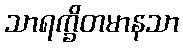
သာရက္ခိတမာနသာ